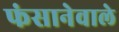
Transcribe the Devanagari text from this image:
फंसानेवाले